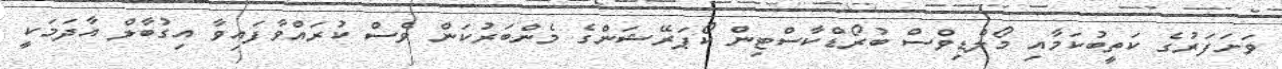
ވަށަފަރުގެ ކަތީބުކަމާއި މޯލްޑިވްސް ބުރޯޑްކާސްޓިން ކޯޕަރޭޝަންގެ މެންބަރުކަން ވެސް ކުރައްވާފައިވާ އިގުބާލް އާދަމަކީ